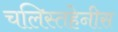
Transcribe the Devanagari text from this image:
चलिस्तहेनीस